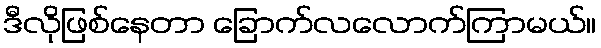
ဒီလိုဖြစ်နေတာ ခြောက်လလောက်ကြာမယ်။